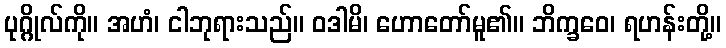
ပုဂ္ဂိုလ်ကို။ အဟံ၊ ငါဘုရားသည်။ ဝဒါမိ၊ ဟောတော်မူ၏။ ဘိက္ခဝေ၊ ရဟန်းတို့။